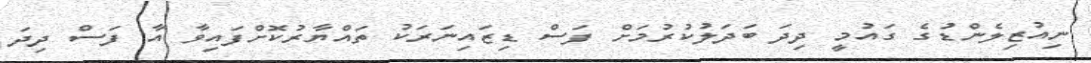
ނިއުޒިލެންޑުގެ ގައުމީ ދިދަ ބަދަލުކުރުމަށް ފަސް ޑިޒައިނަރަކު ތައްޔާރުކޮށްފައިވާ އާ ފަސް ދިދަ